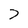
Character: 7